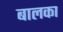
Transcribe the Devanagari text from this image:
बालका